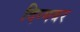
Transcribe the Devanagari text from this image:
दिग्मबर